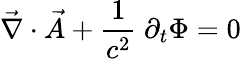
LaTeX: \vec{\nabla}\cdot\vec{A}+\frac{1}{c^{2}}~\partial_{t}\Phi=0